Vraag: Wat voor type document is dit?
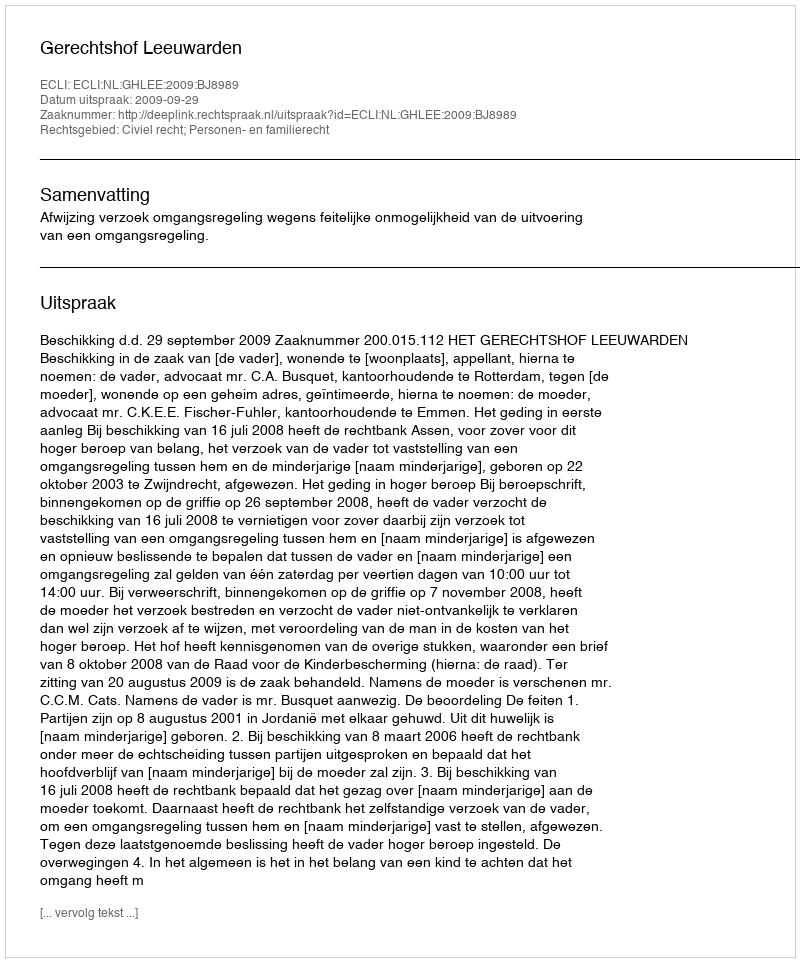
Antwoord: Uitspraak